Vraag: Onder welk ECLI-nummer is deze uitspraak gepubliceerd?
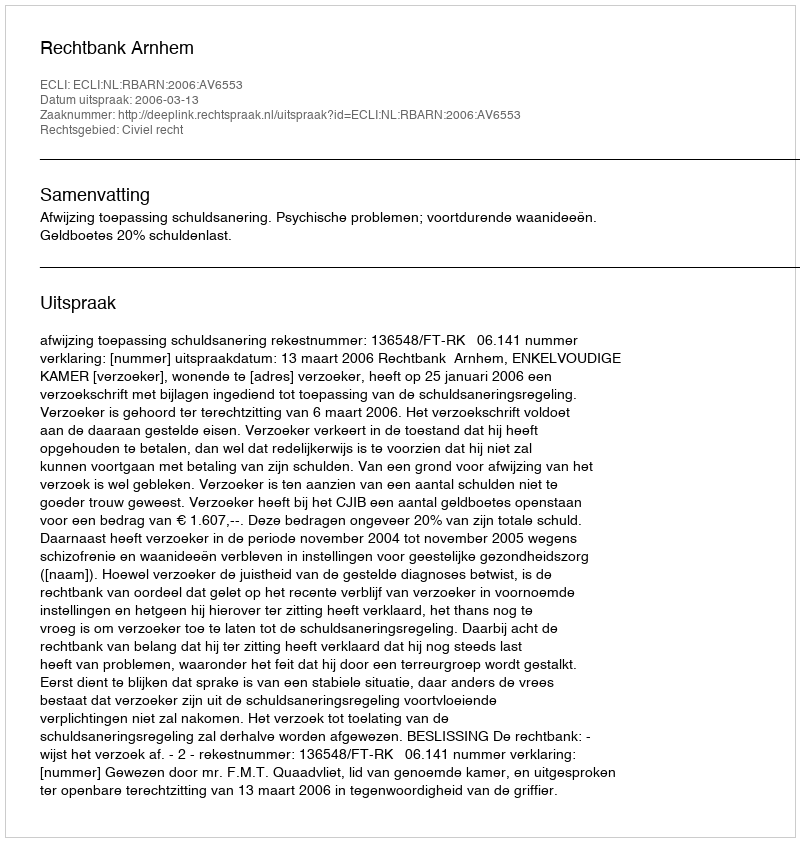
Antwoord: ECLI:NL:RBARN:2006:AV6553